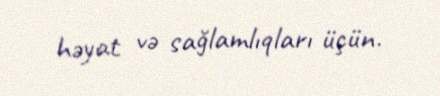
həyat və sağlamlıqları üçün.